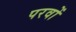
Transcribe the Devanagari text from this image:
परवों